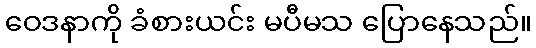
ဝေဒနာကို ခံစားယင်း မပီမသ ပြောနေသည်။